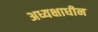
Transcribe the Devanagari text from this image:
अध्यक्षाधीन